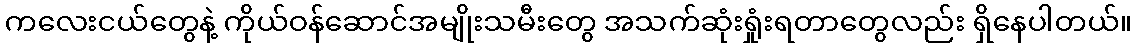
ကလေးငယ်တွေနဲ့ ကိုယ်ဝန်ဆောင်အမျိုးသမီးတွေ အသက်ဆုံးရှုံးရတာတွေလည်း ရှိနေပါတယ်။